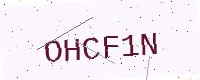
Text: OHCF1N